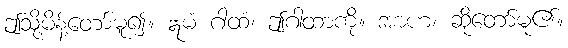
ဤသို့မိန့်တော်မူ၍။ ဣမံ ဂါထံ၊ ဤဂါထာကို။ အာဟ၊ ဆိုတော်မူ၏။